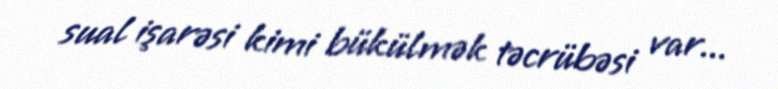
sual işarəsi kimi bükülmək təcrübəsi var...